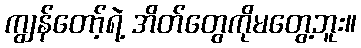
ကျွန်တော့်ရဲ့ အိတ်တွေကိုမတွေ့ဘူး။